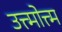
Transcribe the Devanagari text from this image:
उत्त्मोत्त्म